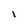
Character: 1